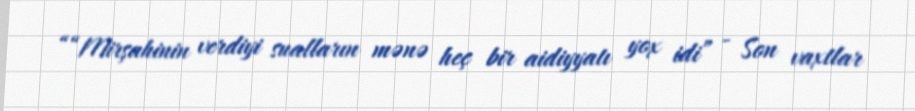
““Mirşahinin verdiyi sualların mənə heç bir aidiyyatı yox idi” - Son vaxtlar